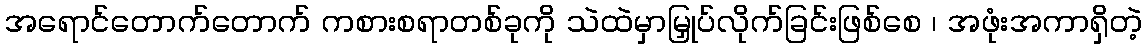
အရောင်တောက်တောက် ကစားစရာတစ်ခုကို သဲထဲမှာမြှုပ်လိုက်ခြင်းဖြစ်စေ ၊ အဖုံးအကာရှိတဲ့